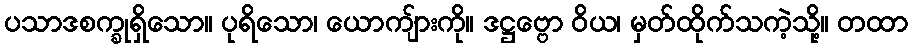
ပသာဒစက္ခုရှိသော။ ပုရိသော၊ ယောကျ်ားကို။ ဒဋ္ဌဗ္ဗော ဝိယ၊ မှတ်ထိုက်သကဲ့သို့။ တထာ